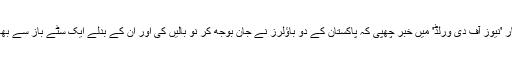
لندن کے مصالحہ اخبار 'نیوز آف دی ورلڈ' میں خبر چھپی کہ پاکستان کے دو باؤلرز نے جان بوجھ کر نو بالیں کی اور ان کے بدلے ایک سٹے باز سے بھاری رقوم حاصل کیں۔